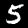
Digit: 5